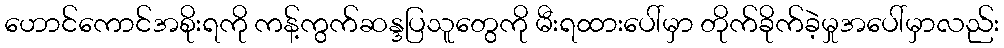
ဟောင်ကောင်အစိုးရကို ကန့်ကွက်ဆန္ဒပြသူတွေကို မီးရထားပေါ်မှာ တိုက်ခိုက်ခဲ့မှုအပေါ်မှာလည်း